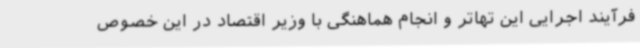
فرآیند اجرایی این تهاتر و انجام هماهنگی با وزیر اقتصاد در این خصوص